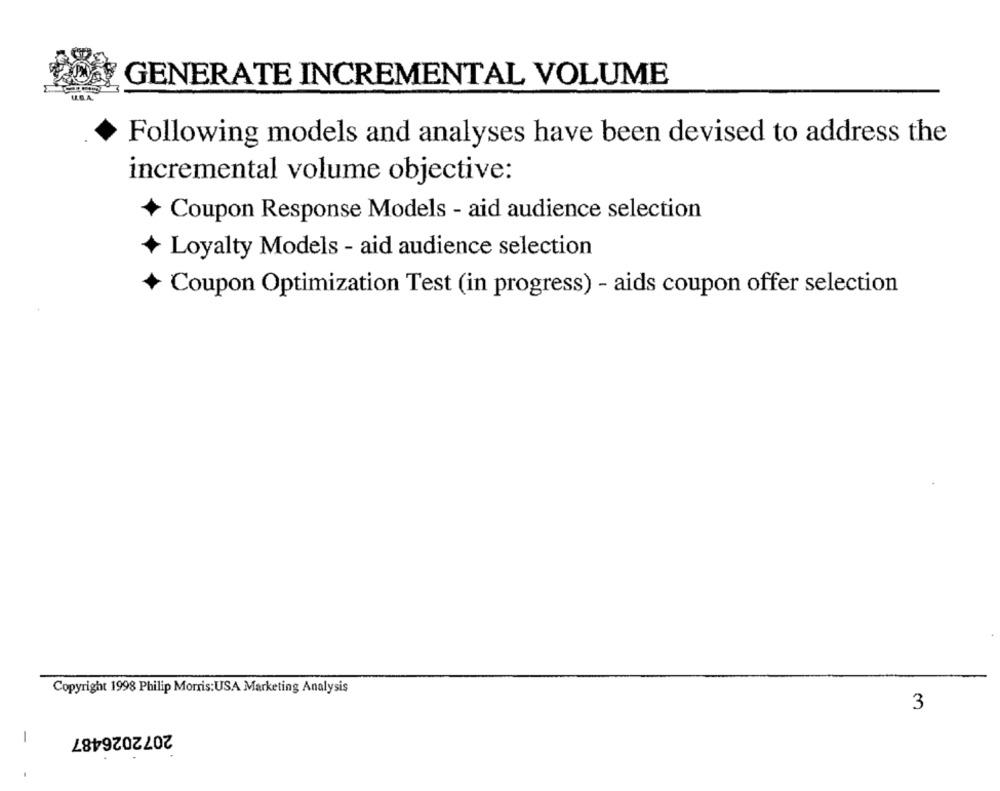
GENERATE INCREMENTAL VOLUME
Following models and analyses have been devised to address the
incremental volume objective:
Coupon Response Models - aid audience selection
Loyalty Models - aid audience selection
Coupon Optimization Test (in progress) - aids coupon offer selection
Copyright 1998 Philip Morris:USA Marketing Analysis
3
2072026487
-